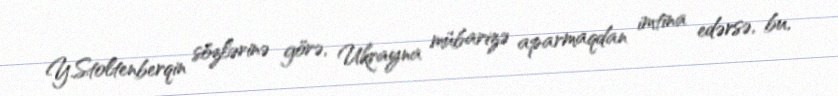
Y.Stoltenberqin sözlərinə görə, Ukrayna mübarizə aparmaqdan imtina edərsə, bu,